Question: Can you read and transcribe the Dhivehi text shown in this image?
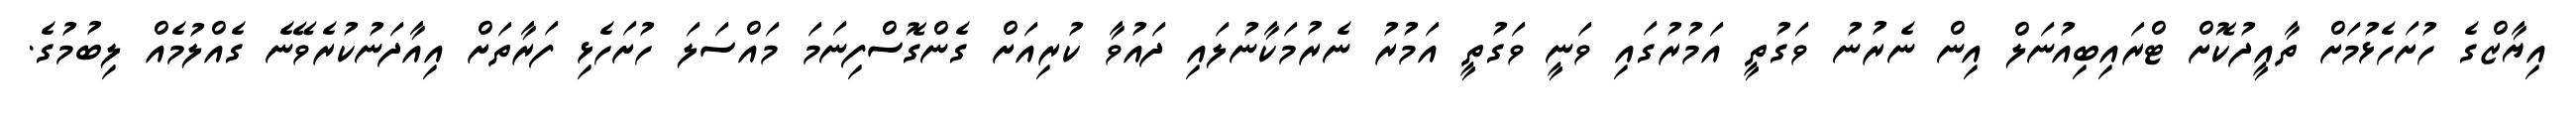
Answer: އިޔާޒްގެ ހުށަހެޅުމަށް ތާއީދުކޮށް ޓްރައިބިއުނަލް އިން ނެރުނު ވަގުތީ އަމުރުގައި ވަނީ ވަގުތީ އަމުރު ނެރުމަކާނުލައި ދައުވާ ކުރިއަށް ގެންގޮސްފިނަމަ މައްސަލަ ހުށަހެޅި ފަރާތަށް އިއާދަނުކުރެވޭނެ ގެއްލުމެއް ލިބުމުގެ.